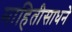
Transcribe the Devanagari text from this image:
माहितीसाधने